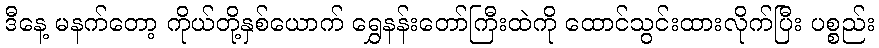
ဒီနေ့ မနက်တော့ ကိုယ်တို့နှစ်ယောက် ရွှေနန်းတော်ကြီးထဲကို ထောင်သွင်းထားလိုက်ပြီး ပစ္စည်း